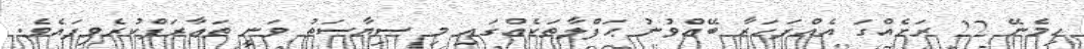
ހިމެނޭ 22 ރަށެއްގަ އެއްފަހަރާ ބޭއްވުނު ޙަފްލާތަކެއްގައި މި ސިޔާސަތު ވަނީ ތަޢާރަފްކުރެވިފައެވެ.